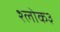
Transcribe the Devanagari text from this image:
श्लोक३